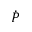
\dot { P }